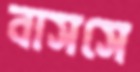
বাসসে